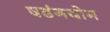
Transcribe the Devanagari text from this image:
षडंगयोग